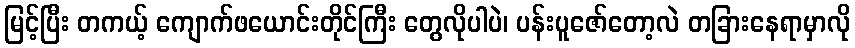
မြင့်ပြီး တကယ့် ကျောက်ဖယောင်းတိုင်ကြီး တွေလိုပါပဲ၊ ပန်းပူဇော်တော့လဲ တခြားနေရာမှာလို